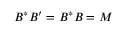
B ^ { * } B ^ { \prime } = B ^ { * } B = M